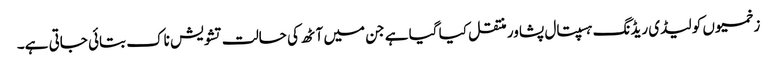
زخمیوں کو لیڈی ریڈنگ ہسپتال پشاور منتقل کیا گیا ہے جن میں آٹھ کی حالت تشویش ناک بتائی جاتی ہے۔